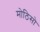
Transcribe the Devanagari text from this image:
मोठिसो